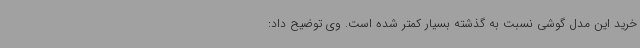
خرید این مدل گوشی نسبت به گذشته بسیار کمتر شده است. وی توضیح داد: